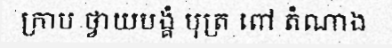
ក្រាប ថ្វាយបង្គំ បុត្រ ពៅ តំណាង